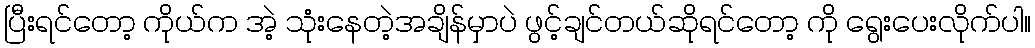
ပြီးရင်တော့ ကိုယ်က အဲ့ သုံးနေတဲ့အချိန်မှာပဲ ဖွင့်ချင်တယ်ဆိုရင်တော့ ကို ရွေးပေးလိုက်ပါ။